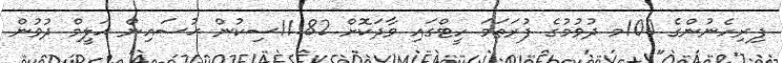
ފިރިހެނުންގެ 100މ ދުވުމުގެ ފުރަތަމަ ހީޓްގައި ވާދަކޮށް 11.82ސިކުން ޙުސައިން ޙަލީމް ދުވުން